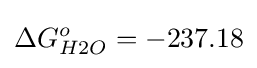
\Delta G_{H2O}^{o}=-237.18